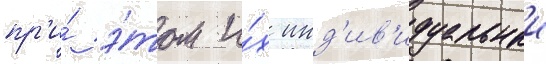
пр'и́ э́том и́х инд'ив'идуальныи